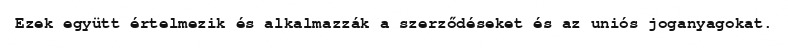
Ezek együtt értelmezik és alkalmazzák a szerződéseket és az uniós joganyagokat.